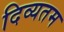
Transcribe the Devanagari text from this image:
दिव्यतम